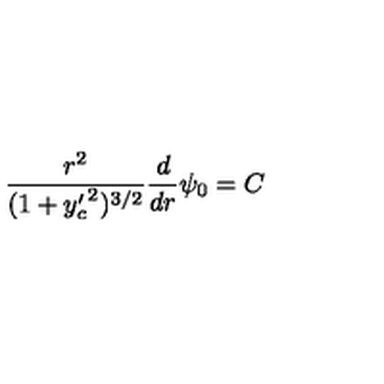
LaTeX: \frac { r ^ { 2 } } { ( 1 + { y _ { c } ^ { \prime } } ^ { 2 } ) ^ { 3 / 2 } } \frac { d } { d r } \psi _ { 0 } = C